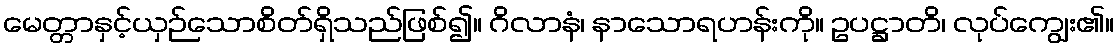
မေတ္တာနှင့်ယှဉ်သောစိတ်ရှိသည်ဖြစ်၍။ ဂိလာနံ၊ နာသောရဟန်းကို။ ဥပဋ္ဌာတိ၊ လုပ်ကျွေး၏။